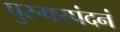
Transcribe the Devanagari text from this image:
पुरुषस्पंदनं